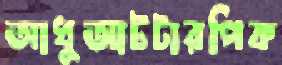
আধুআটটারপিক